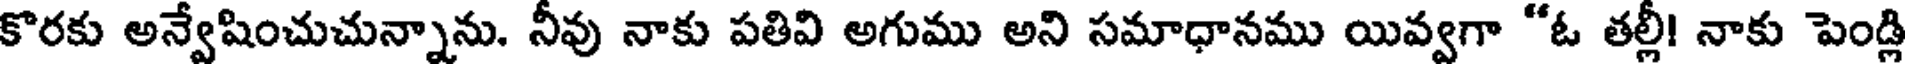
కొరకు అన్వేషించుచున్నాను. నీవు నాకు పతివి అగుము అని సమాధానము యివ్వగా "ఓ తల్లీ! నాకు పెండ్లి